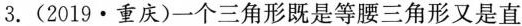
3.(2019·重庆)一个三角形既是等腰三角形又是直